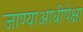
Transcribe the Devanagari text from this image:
जाण्याआधीपेक्षा